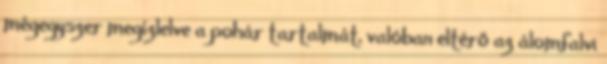
mégegyszer megízlelve a pohár tartalmát, valóban eltérő az álomfalvi